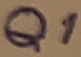
Text: Q1